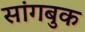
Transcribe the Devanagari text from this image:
सांगबुक